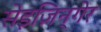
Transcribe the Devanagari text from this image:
सेइज़िन्गेर